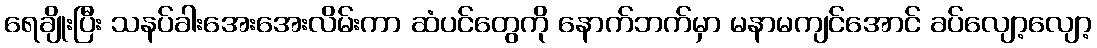
ရေချိုးပြီး သနပ်ခါးအေးအေးလိမ်းကာ ဆံပင်တွေကို နောက်ဘက်မှာ မနာမကျင်အောင် ခပ်လျော့လျော့